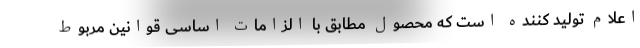
اعلام تولید کننده است که محصول مطابق با الزامات اساسی قوانین مربوط